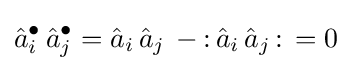
{\hat {a}}_{i}^{\bullet }\,{\hat {a}}_{j}^{\bullet }={\hat {a}}_{i}\,{\hat {a}}_{j}\,-{\mathopen {:}}\,{\hat {a}}_{i}\,{\hat {a}}_{j}\,{\mathclose {:}}\,=0